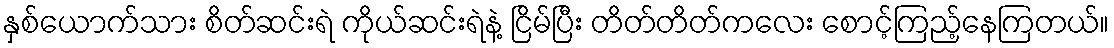
နှစ်ယောက်သား စိတ်ဆင်းရဲ ကိုယ်ဆင်းရဲနဲ့ ငြိမ်ပြီး တိတ်တိတ်ကလေး စောင့်ကြည့်နေကြတယ်။